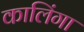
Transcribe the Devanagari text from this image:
कालिंगा